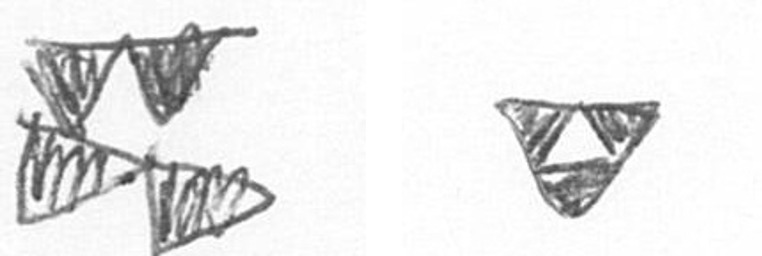
B S